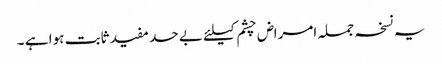
یہ نسخہ جملہ امراض چشم کیلئے بے حد مفید ثابت ہوا ہے ۔